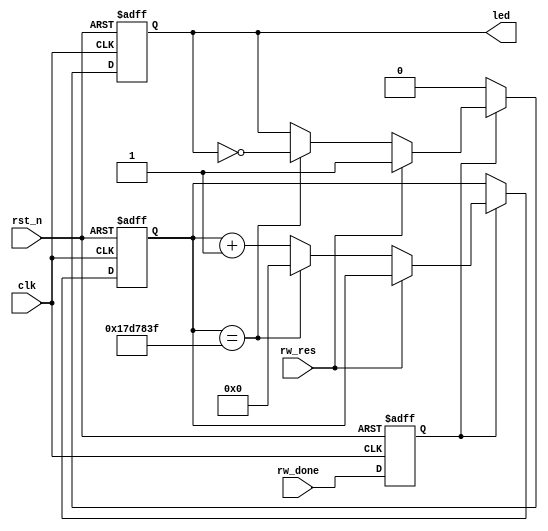
module led_stream (
    input      clk,
    input      rst_n,
    input      rw_done,
    input      rw_res,
    output reg led
);

  parameter CLOCK_FREQ = 50000000;
  parameter COUNTER_MAX_CNT = CLOCK_FREQ / 2 - 1;

  reg rw_done_reg;
  reg [31:0] cnt;

  always @(posedge clk or negedge rst_n) begin
    if (!rst_n) rw_done_reg <= 1'd0;
    else rw_done_reg <= rw_done;
  end


  always @(posedge clk or negedge rst_n) begin
    if (!rst_n) begin
      cnt <= 31'd0;
      led <= 1'd0;
    end else begin
      if (rw_done_reg) begin
        if (rw_res) begin
          led <= 1'd1;
        end else begin
          cnt <= cnt + 1'b1;
          if (cnt == COUNTER_MAX_CNT) begin
            cnt <= 31'd0;
            led <= ~led;
          end
        end
      end else begin
        led <= 1'd0;
      end
    end
  end
endmodule